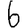
Digit: 6